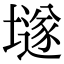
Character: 𡑞